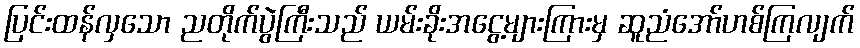
ပြင်းထန်လှသော ညတိုက်ပွဲကြီးသည် ယမ်းခိုးအငွေ့များကြားမှ ဆူညံအော်ဟစ်ကြလျက်